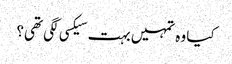
کیا وہ تمہیں بہت سیکسی لگی تھی؟